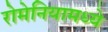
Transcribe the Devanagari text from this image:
रोमेनियामध्ये